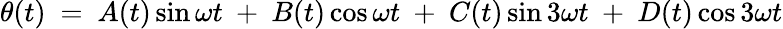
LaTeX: \theta(t)\ =\ A(t)\sin\omega t\ +\ B(t)\cos\omega t\ +\ C(t)\sin{3\omega t}\ +\ D(t)\cos{3\omega t}